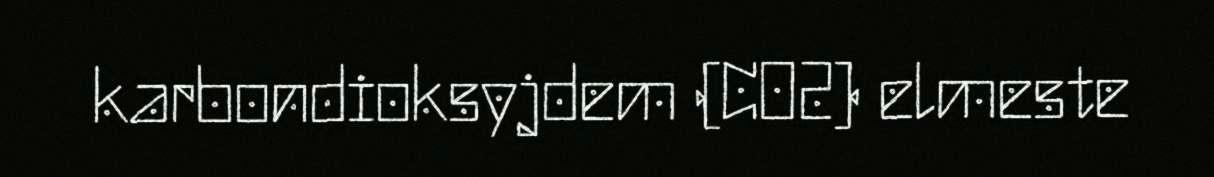
karbondioksyjdem (CO2) elmeste